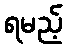
ရမည့်